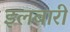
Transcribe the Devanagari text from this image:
इलबारी